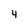
Character: 4